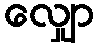
လျှော